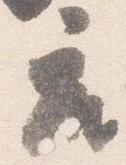
座